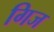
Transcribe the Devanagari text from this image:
गिज